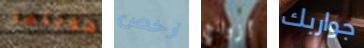
هويتها أرخص أزواج جواربك